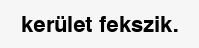
kerület fekszik.